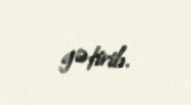
gətirib.